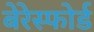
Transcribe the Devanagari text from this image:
बेरेस्फोर्ड